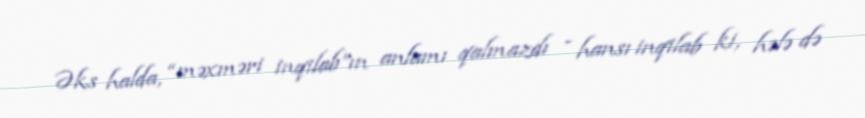
Əks halda, “məxməri inqilab”ın anlamı qalmazdı - hansı inqilab ki, hələ də